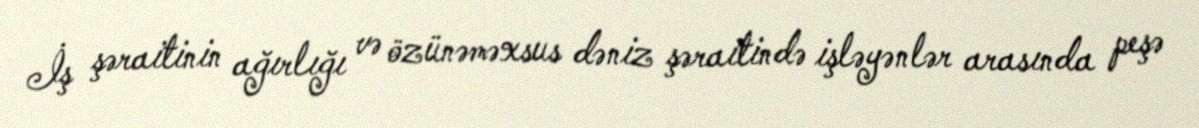
İş şəraitinin ağırlığı və özünəməxsus dəniz şəraitində işləyənlər arasında peşə